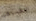
القذيفة